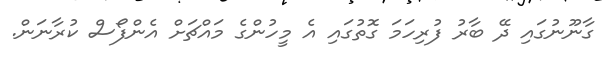
ގާނޫނުގައި ދޭ ބާރު ފުރިހަމަ ގޮތުގައި އެ މީހުންގެ މައްޗަށް އެންފޯސް ކުރާނަން.